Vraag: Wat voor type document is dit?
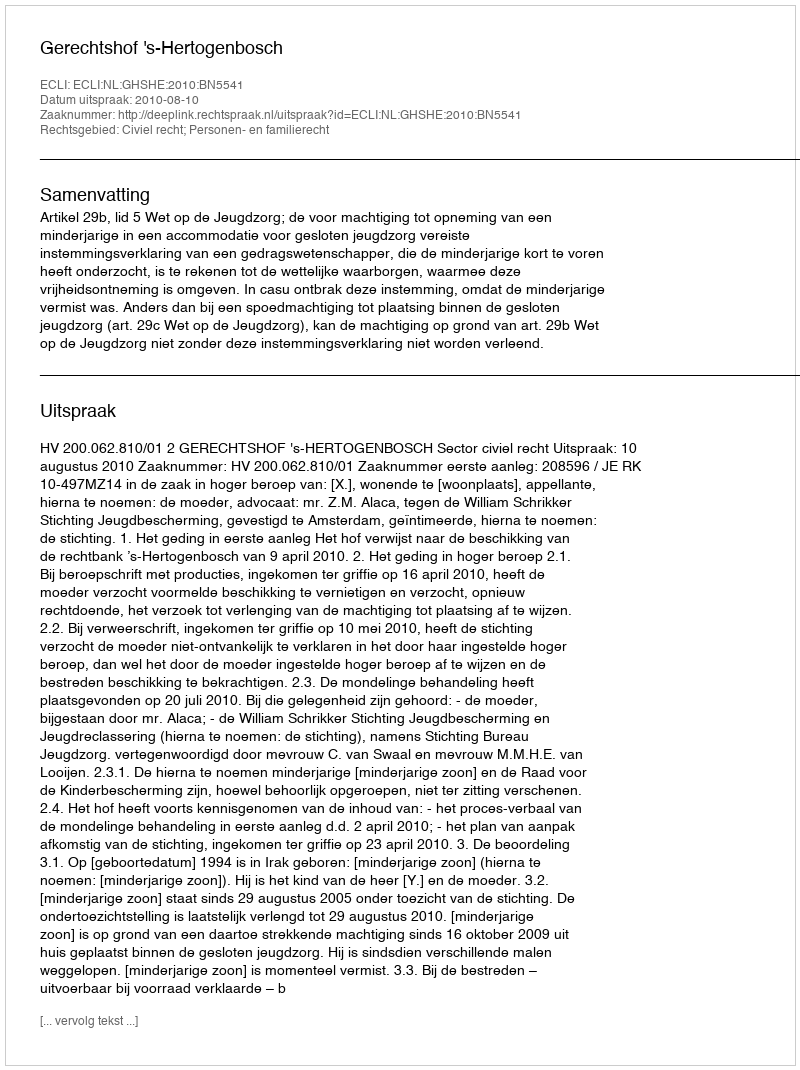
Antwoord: Uitspraak